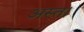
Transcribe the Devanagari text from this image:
अस्त।